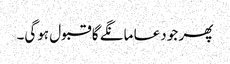
پھر جو دعا مانگے گا قبول ہوگی۔